Scottish Certificate of Education, 1963
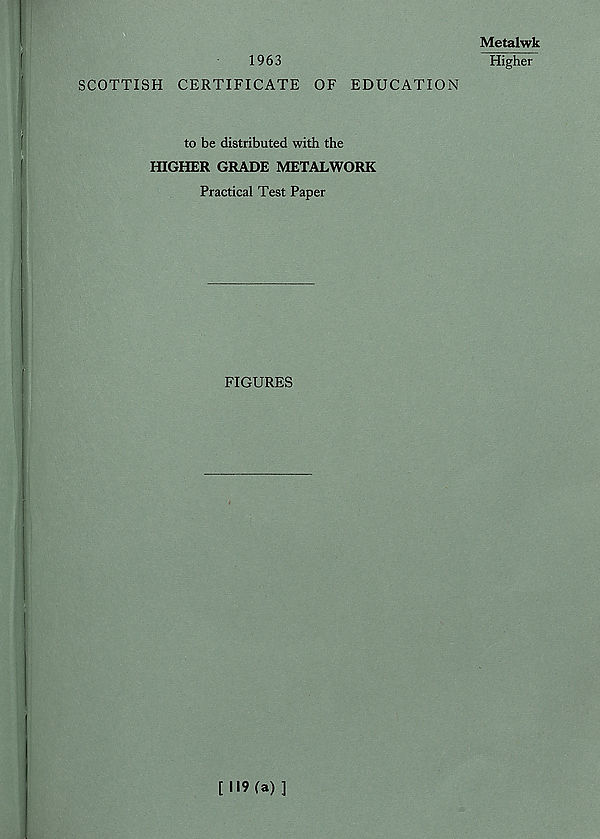
1963
SCOTTISH CERTIFICATE OF EDUCATION
to be distributed with the
HIGHER GRADE METALWORK
Practical Test Paper
FIGURES
Metalwk
Higher
[119(a)]